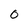
Character: 0